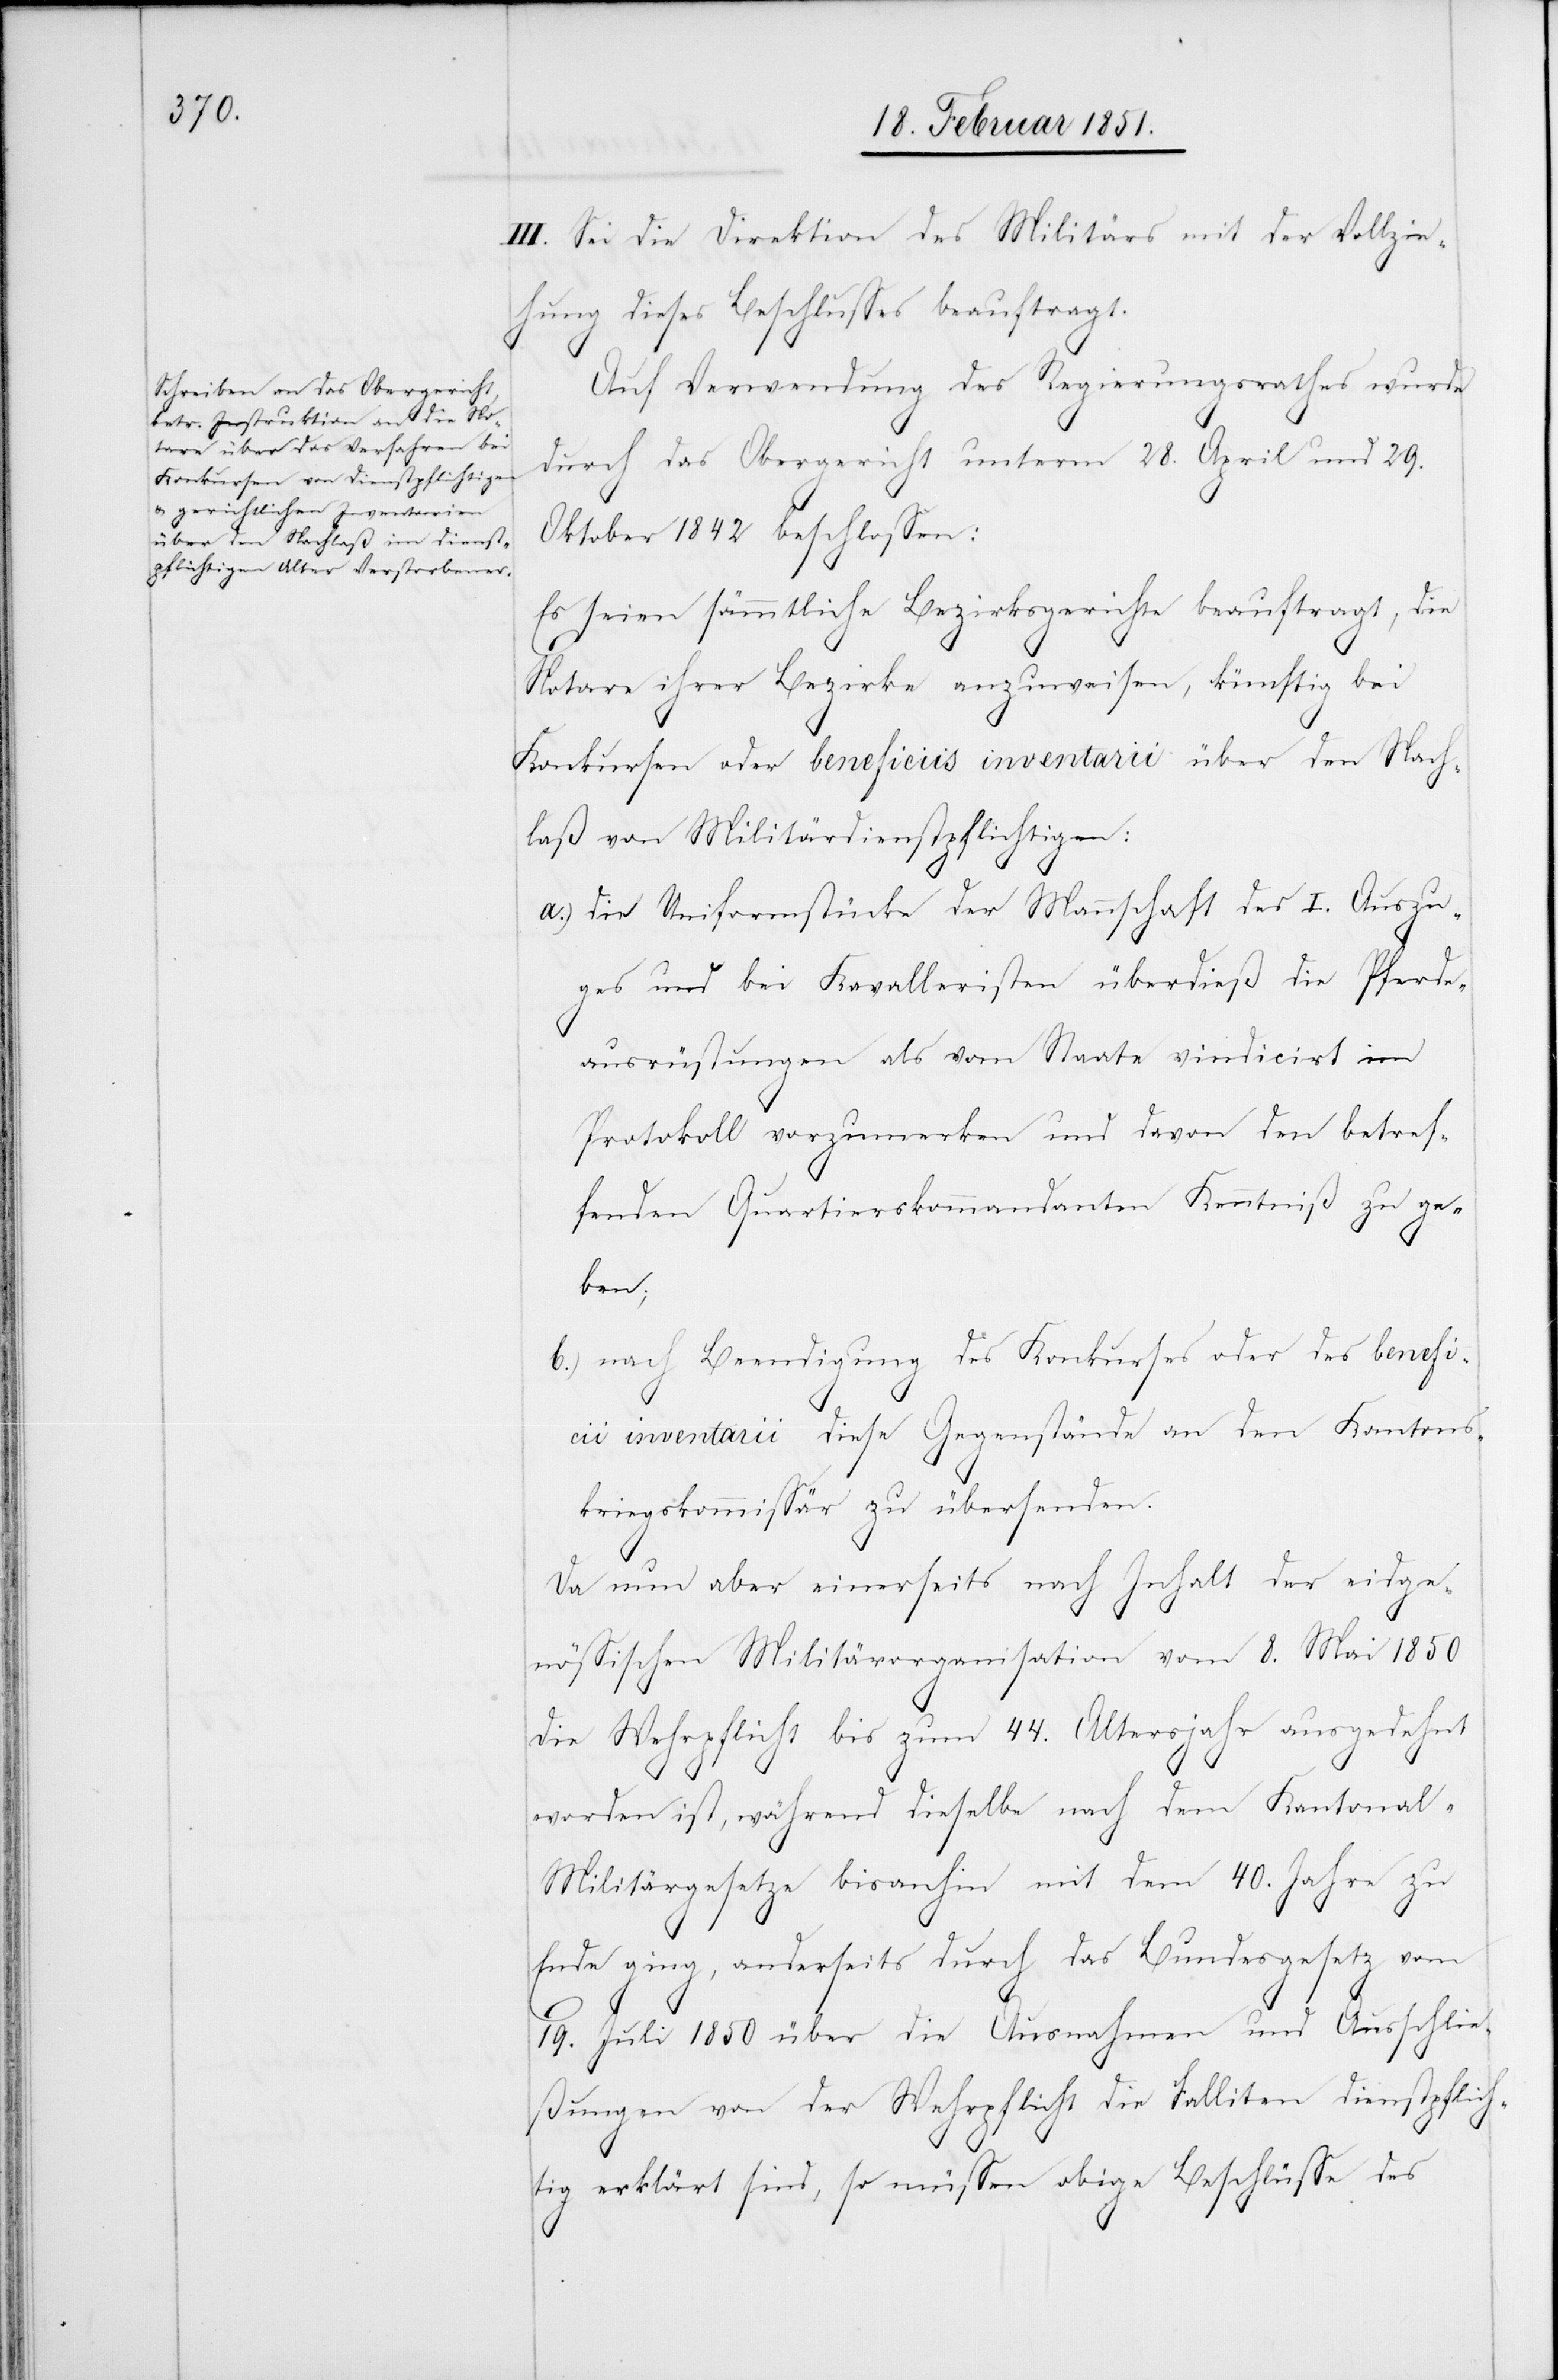
III. Sei die Direktion des Militärs mit der Vollzie¬
hung dieses Beschlusses beauftragt.
Auf Verwendung des Regierungsrathes wurde
durch das Obergericht unterm 28. April und 29.
Oktober 1842 beschlossen:
Es seien sämmtliche Bezirksgerichte beauftragt, die
Notare ihrer Bezirke anzuweisen, künftig bei
Konkursen oder beneficiis inventarii über den Nach¬
laß von Militärdienstpflichtigen:
die Uniformstücke der Mannschaft des I. Auszu¬
ges und bei Kavalleristen überdieß die Pferde¬
ausrüstungen als vom Staate vindicirt im
Protokoll vorzumerken und davon den betref¬
fenden Quartierskommandanten Kenntniß zu ge¬
ben;
nach Beendigung des Konkurses oder des benefi¬
cii inventarii diese Gegenstände an den Kantons¬
kriegskommissär zu übersenden.
Da nun aber einerseits nach Inhalt der eidge¬
nössischen Militärorganisation vom 8. Mai 1850
die Wehrpflicht bis zum 44. Altersjahr ausgedehnt
worden ist, während dieselbe nach dem Kantonal-M¬
ilitärgesetze bisanhin mit dem 40. Jahre zu
Ende ging, anderseits durch das Bundesgesetz vom
19. Juli 1850 über die Ausnahmen und Ausschlie¬
ßungen von der Wehrpflicht die Falliten dienstpflich¬
tig erklärt sind, so müssen obige Beschlüsse des